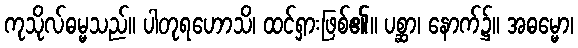
ကုသိုလ်ဓမ္မသည်။ ပါတုရဟောသိ၊ ထင်ရှားဖြစ်၏။ ပစ္ဆာ၊ နောက်၌။ အဓမ္မော၊